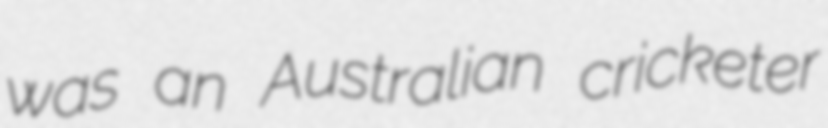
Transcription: was an Australian cricketer